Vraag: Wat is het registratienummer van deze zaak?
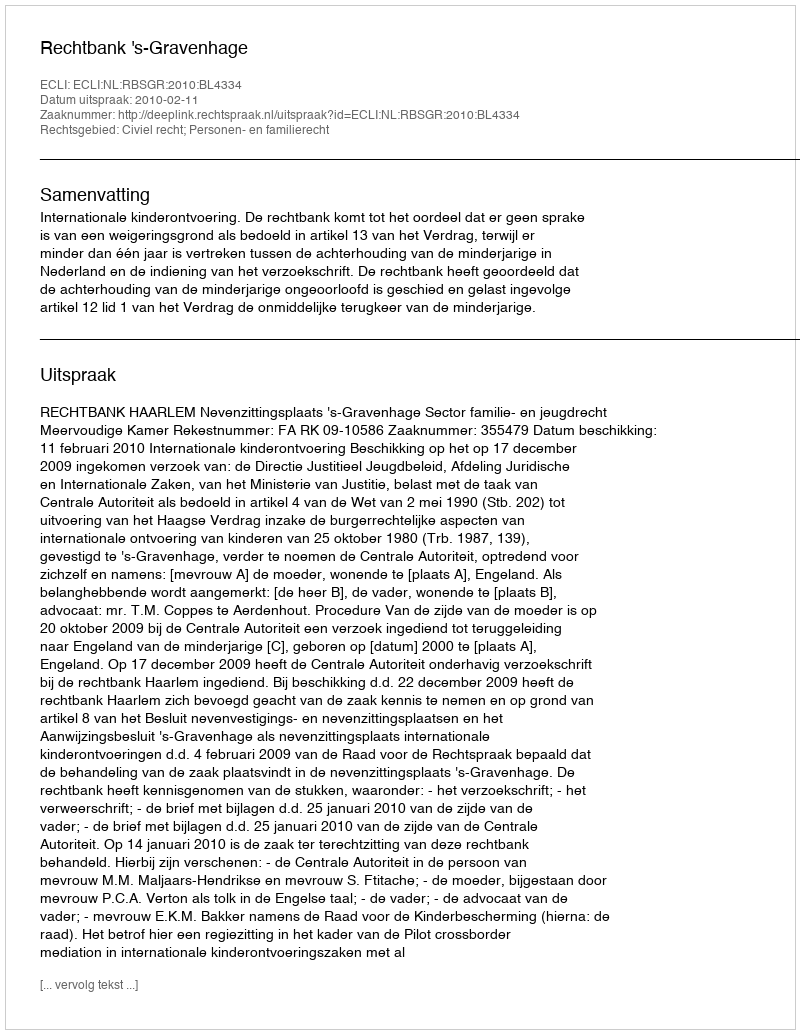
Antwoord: http://deeplink.rechtspraak.nl/uitspraak?id=ECLI:NL:RBSGR:2010:BL4334